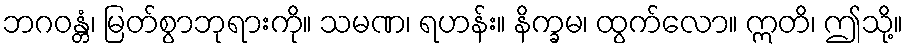
ဘဂဝန္တံ၊ မြတ်စွာဘုရားကို။ သမဏ၊ ရဟန်း။ နိက္ခမ၊ ထွက်လော။ ဣတိ၊ ဤသို့။